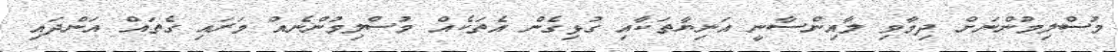
މުސްލިމުންނަށް ދިމާވި ލާއިންސާނީ އަނިޔާތަކާއި ގުޅިގެން އެތަކެއް މުސްލިމުންނެއް މަރައި ގެތައް އަންދައި